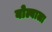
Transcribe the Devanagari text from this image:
बोल्बाला